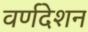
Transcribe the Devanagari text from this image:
वर्णदेशन